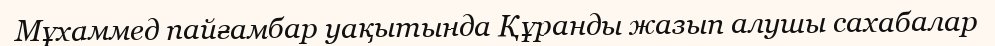
Мұхаммед пайғамбар уақытында Құранды жазып алушы сахабалар